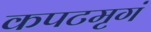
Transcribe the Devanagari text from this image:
कपटमृगं